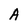
Character: A